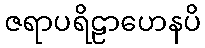
ဇရာပရိဠာဟေနပိ